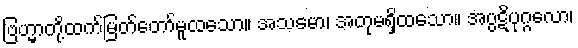
ဗြဟ္မာတို့ထက်မြတ်တော်မူထသော။ အသမော၊ အတုမရှိထသော။ အပ္ပဋိပုဂ္ဂလော၊